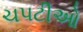
ચપટીઓ